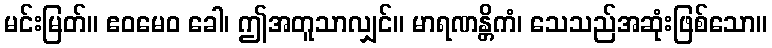
မင်းမြတ်။ ဧဝမေဝ ခေါ၊ ဤအတူသာလျှင်။ မာရဏန္တိကံ၊ သေသည်အဆုံးဖြစ်သော။